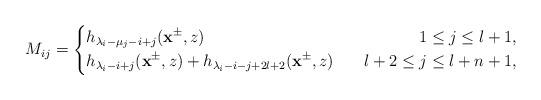
LaTeX: \begin{align*}M_{ij}=\left\{\begin{aligned}&h_{\lambda_i-\mu_j-i+j}(\mathbf{x}^{\pm},z)~~&~~1\leq j\leq l+1,\\&h_{\lambda_i-i+j}(\mathbf{x}^{\pm},z)+h_{\lambda_i-i-j+2l+2}(\mathbf{x}^{\pm},z)~&~~l+2\leq j\leq l+n+1,\end{aligned}\right.\end{align*}